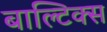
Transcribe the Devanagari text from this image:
बाल्टिक्स